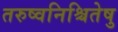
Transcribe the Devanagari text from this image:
तरुष्वनिश्चितेषु